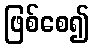
ဖြစ်စေ၍